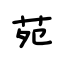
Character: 苑